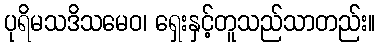
ပုရိမသဒိသမေဝ၊ ရှေးနှင့်တူသည်သာတည်း။